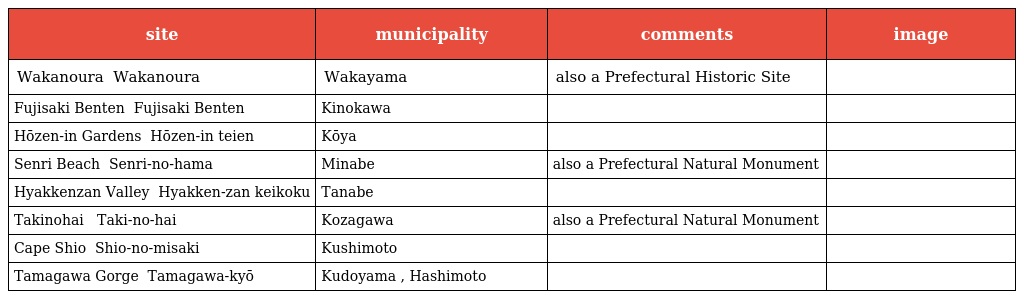
| site | municipality | comments | image |
 | --- | --- | --- | --- |
 | Wakanoura 和歌の浦 Wakanoura | Wakayama | also a Prefectural Historic Site |  |
 | Fujisaki Benten 藤崎弁天 Fujisaki Benten | Kinokawa |  |  |
 | Hōzen-in Gardens 宝善院庭園 Hōzen-in teien | Kōya |  |  |
 | Senri Beach 千里の浜 Senri-no-hama | Minabe | also a Prefectural Natural Monument |  |
 | Hyakkenzan Valley 百間山渓谷 Hyakken-zan keikoku | Tanabe |  |  |
 | Takinohai 滝ノ 拝 Taki-no-hai | Kozagawa | also a Prefectural Natural Monument |  |
 | Cape Shio 潮岬 Shio-no-misaki | Kushimoto |  |  |
 | Tamagawa Gorge 玉川峡 Tamagawa-kyō | Kudoyama , Hashimoto |  |  |